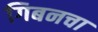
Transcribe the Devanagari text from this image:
गिबनचा